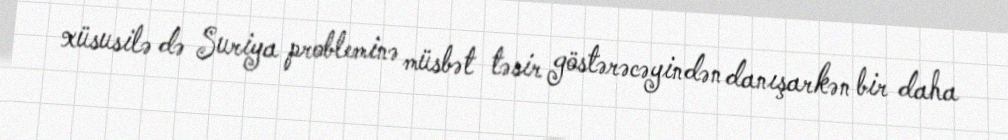
xüsusilə də Suriya probleminə müsbət təsir göstərəcəyindən danışarkən bir daha